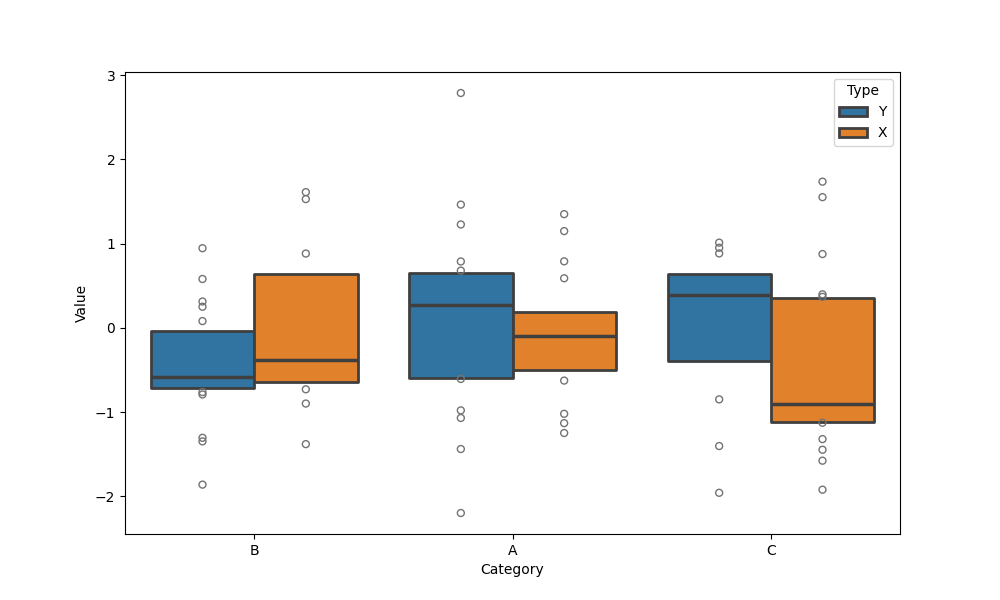
python, seaborn, boxenplot, k_depth='tukey', linewidth=2, scale='linear', outlier_prop=0.2, showfliers=True